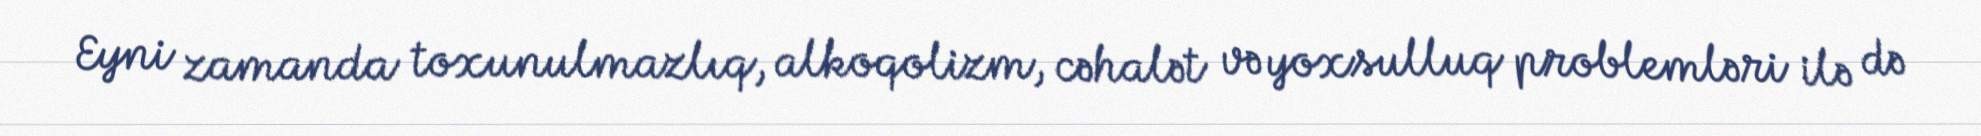
Eyni zamanda toxunulmazlıq, alkoqolizm, cəhalət və yoxsulluq problemləri ilə də